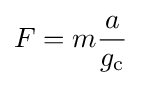
F=m{\frac {a}{g_{\mathrm {c} }}}